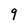
Character: 9